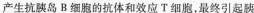
产生抗胰岛B细胞的抗体和效应T细胞，最终引起胰